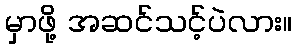
မှာဖို့ အဆင်သင့်ပဲလား။